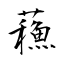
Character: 蘓